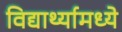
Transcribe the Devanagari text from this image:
विद्यार्थ्यामध्ये